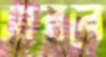
সারবে